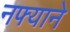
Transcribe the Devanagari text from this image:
नफ्याने